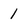
Character: 1